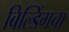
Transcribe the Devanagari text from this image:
बिल्डिंगचा